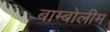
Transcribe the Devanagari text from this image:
बाम्बोलीम